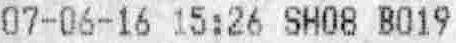
07-06-16 15:26 SH08 B019